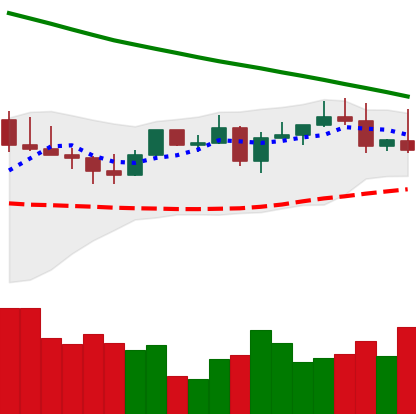
Ticker: LTC-USD
Chart end date: 2022-08-17
Forward return: -5.165%
Label: down_5_7